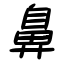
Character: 鼻